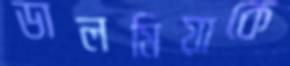
ডালমিয়াকে